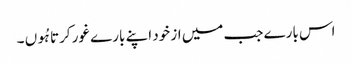
اس بارے جب میں از خود اپنے بارے غور کرتا ہُوں ۔